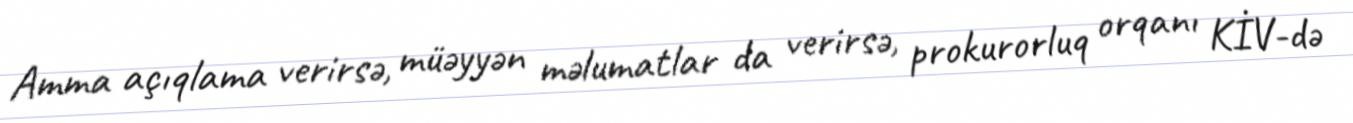
Amma açıqlama verirsə, müəyyən məlumatlar da verirsə, prokurorluq orqanı KİV-də